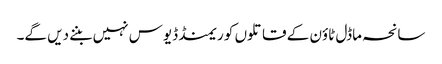
سانحہ ماڈل ٹاؤن کے قاتلوں کو ریمنڈ ڈیوس نہیں بننے دیں گے۔